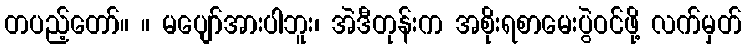
တပည့်တော်။ ။ မပျော်အားပါဘူး၊ အဲဒီတုန်းက အစိုးရစာမေးပွဲဝင်ဖို့ လက်မှတ်